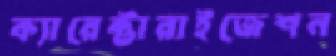
ক্যারেক্টারাইজেশন